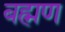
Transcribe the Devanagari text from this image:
बह्मण